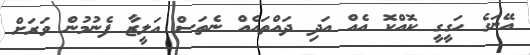
އޭނަގެ ހަގީގީ ކޮއްކޮ އެއް އަދި ދައްތައެއް ނެތަސް އަލީޒާ ފެނުމުން ވަރަށް